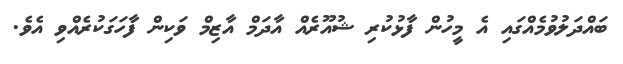
ބައްދަލުވުމެއްގައި އެ މީހުން ފާޅުކުރި ޝުއޫރެއް އާދަމް އާޒިމް ވަކިން ފާހަގަކުރެއްވި އެވެ.